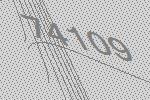
74109